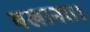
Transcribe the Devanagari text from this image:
बखाना।।